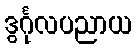
ဒွင်္ဂုလပညာယ